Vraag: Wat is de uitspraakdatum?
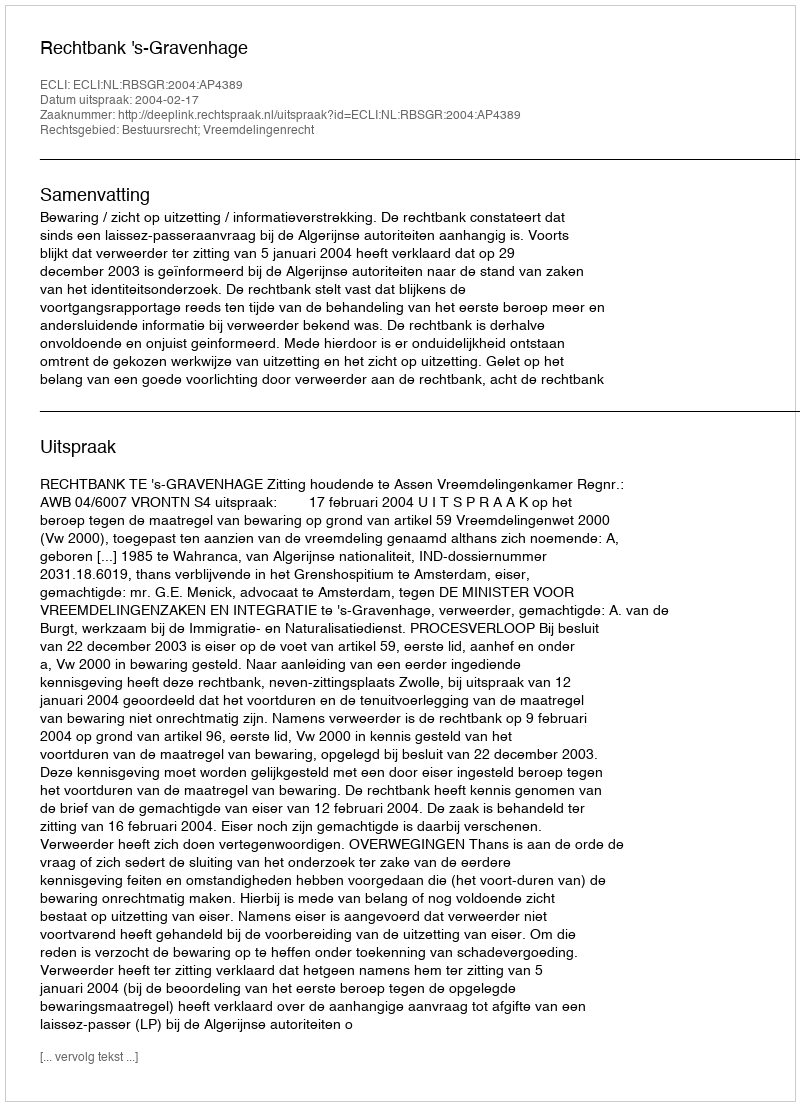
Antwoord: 2004-02-17